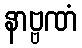
နာဗ္ဗဏံ